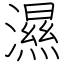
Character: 濕